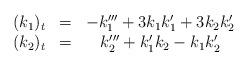
LaTeX: \begin{align*}\begin{array}{ccc}(k_1)_t &=& -k_1'''+3 k_1k_1' + 3 k_2k_2'\\(k_2)_t &=& k_2''' +k_1'k_2 - k_1k_2'\end{array}\end{align*}